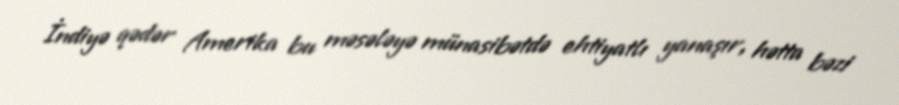
İndiyə qədər Amerika bu məsələyə münasibətdə ehtiyatlı yanaşır, hətta bəzi